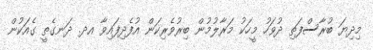
މިދިޔަ ބުރާސްފަތި ދުވަހު މީހަކު މަރާލުމުން ބިރުވެރިކަން އުފެދިފައިވާ އދ. ދަނގެތީ ގެއަކުން